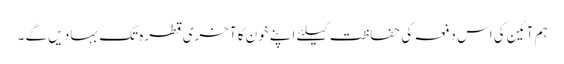
ہم آئین کی اس دفعہ کی حفاظت کیلئے اپنے خون کا آخری قطرہ تک بہاد یں گے ۔